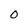
Character: 0